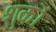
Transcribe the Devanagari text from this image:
शुकों